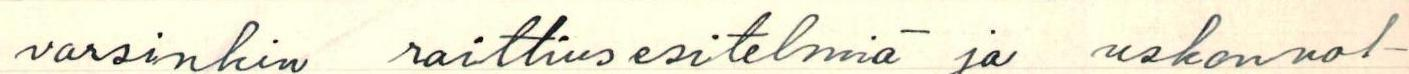
varsinkin raittiusesitelmiä ja uskonnol-